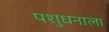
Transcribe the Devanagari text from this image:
पशुधनाला